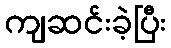
ကျဆင်းခဲ့ပြီး